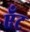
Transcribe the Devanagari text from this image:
ऍंट